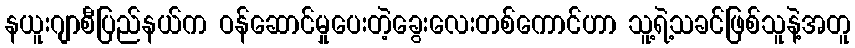
နယူးဂျာစီပြည်နယ်က ဝန်ဆောင်မှုပေးတဲ့ခွေးလေးတစ်ကောင်ဟာ သူ့ရဲ့သခင်ဖြစ်သူနဲ့အတူ